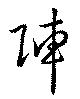
陣